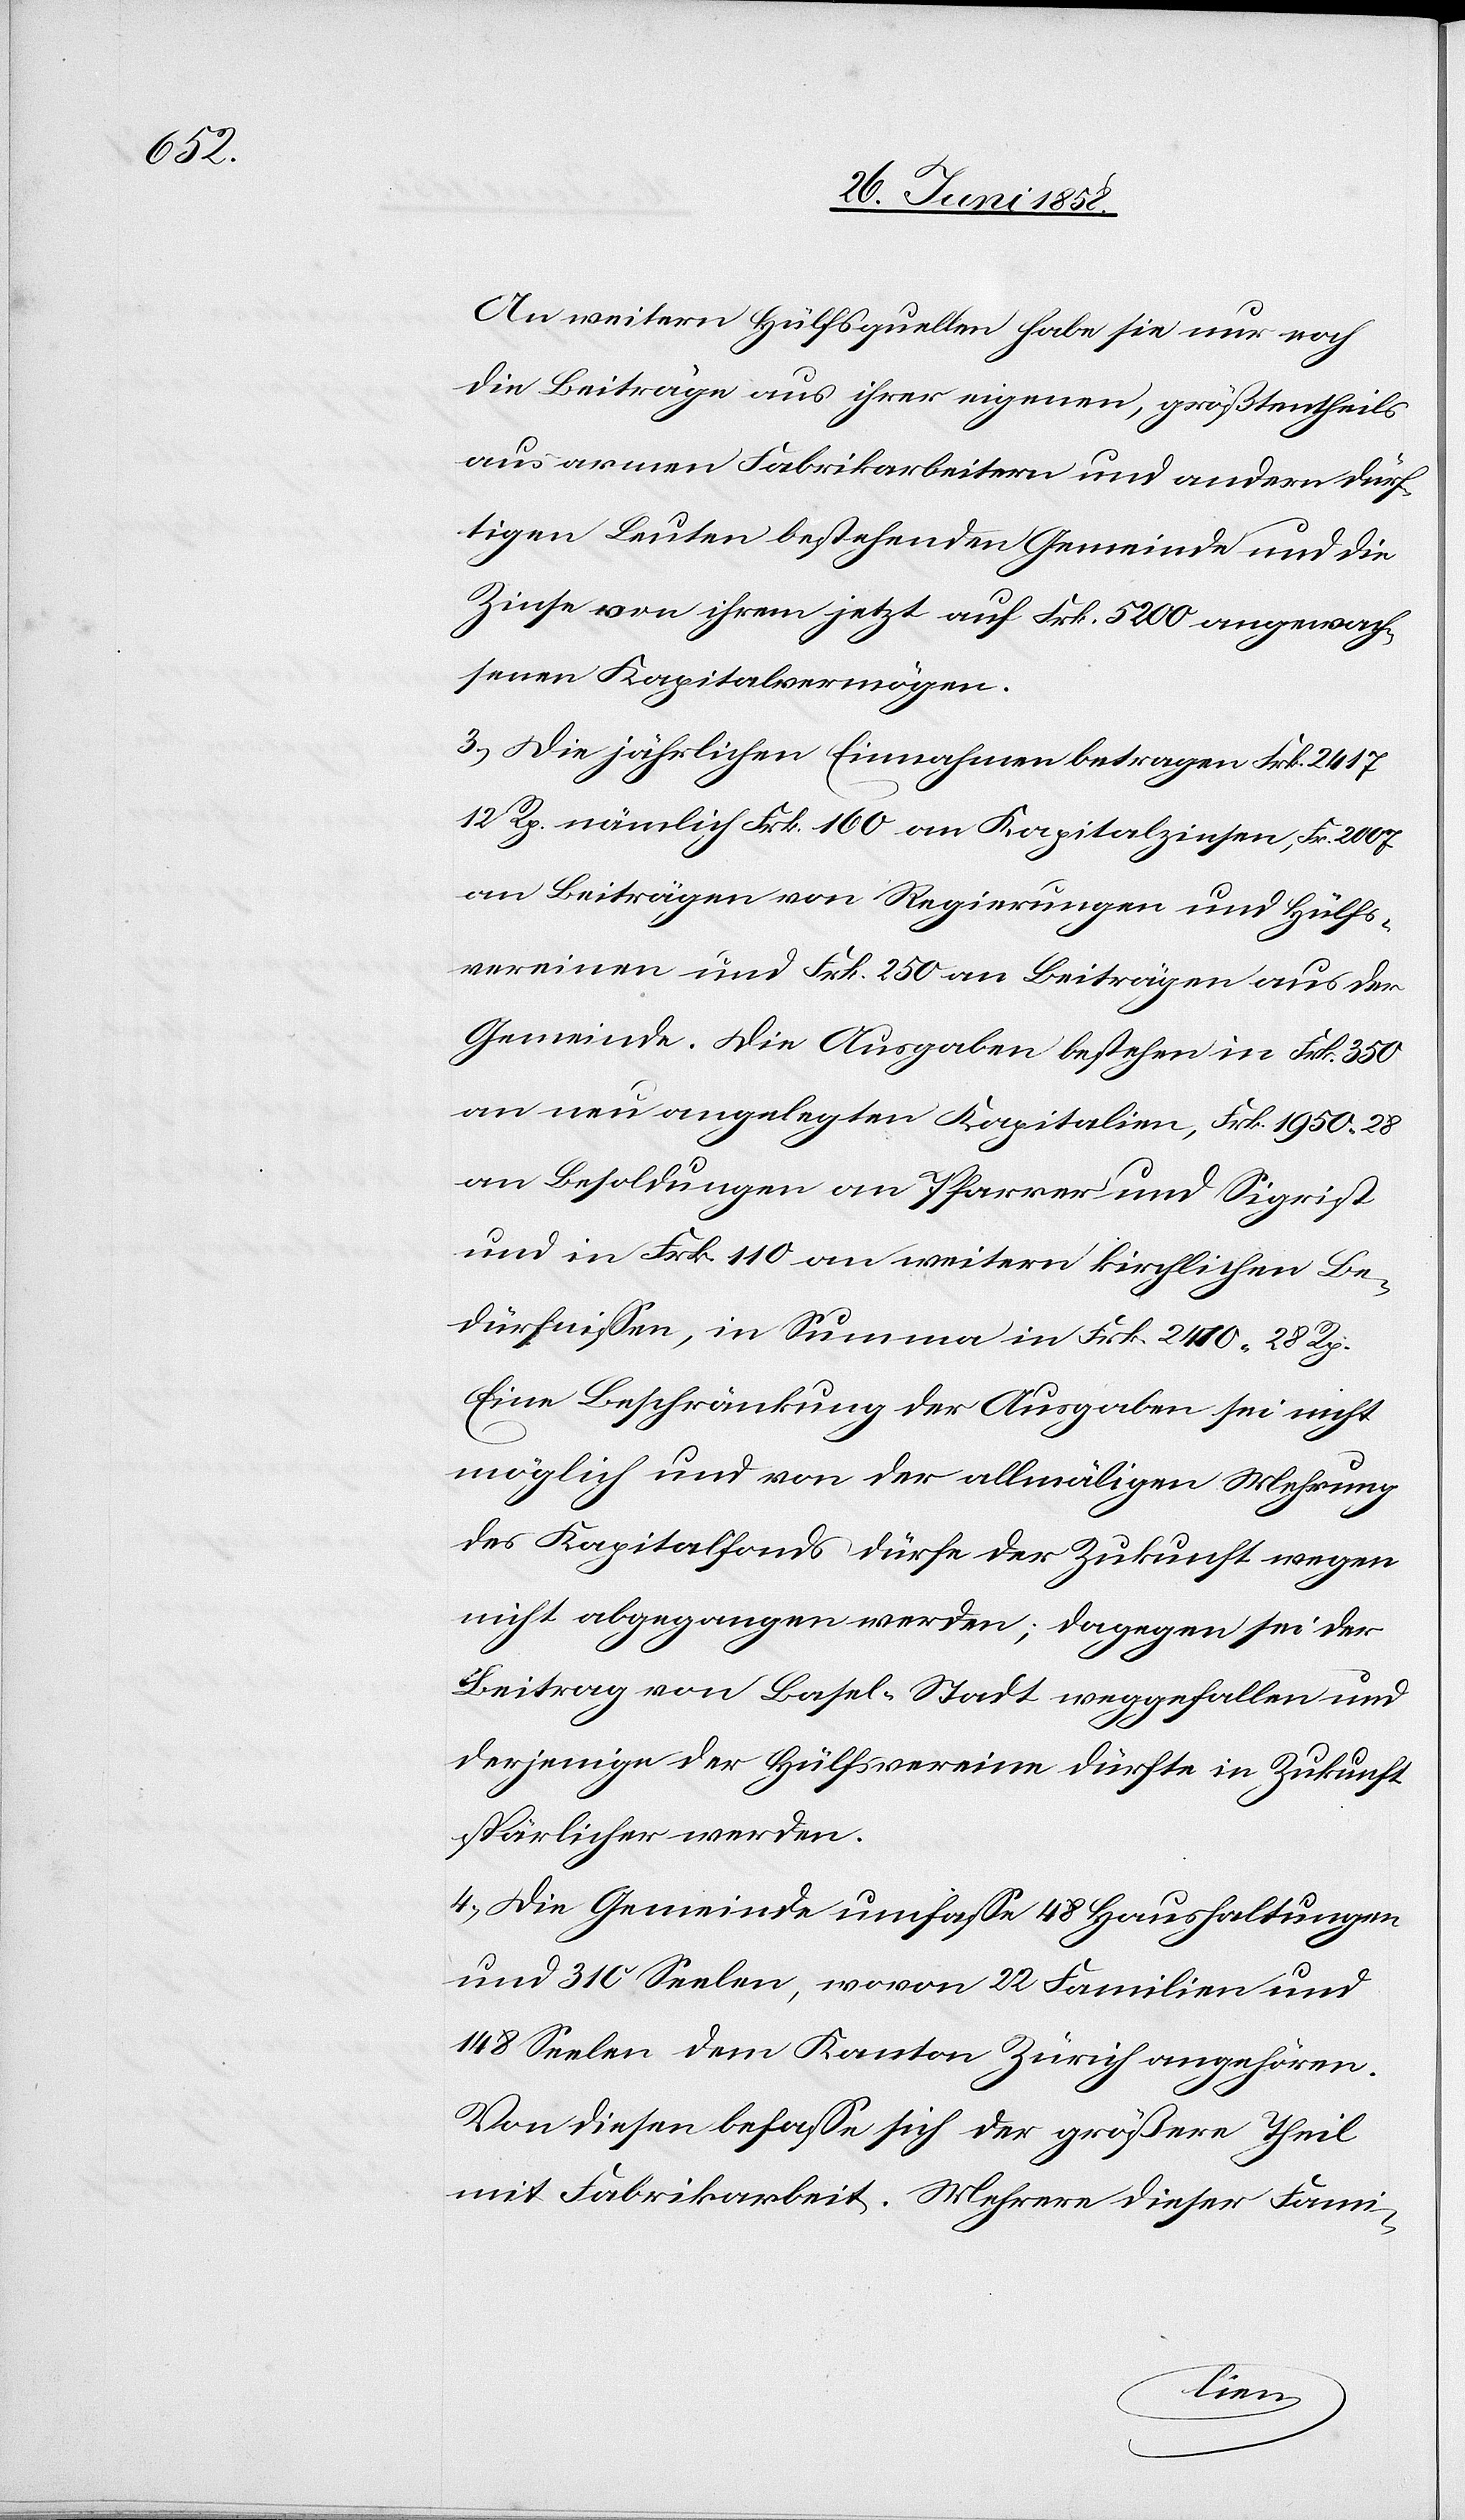
An weitern Hülfsquellen habe sie nur noch
die Beiträge aus ihrer eigenen, größtentheils
aus armen Fabrikarbeitern und andern dürf¬
tigen Leuten bestehenden Gemeinde und die
Zinse von ihrem jetzt auf Frk. 5200 angewach¬
senen Kapitalvermögen.
3.) Die jährlichen Einnahmen betragen Frk. 2417
12 Rp. nämlich Frk. 160 an Kapitalzinsen, Fr. 2007
an Beiträgen von Regierungen und Hülfs¬
vereinen und Frk. 250 an Beiträgen aus der
Gemeinde. Die Ausgaben bestehen in Frk. 350
an neu angelegten Kapitalien, Frk. 1950. 28
an Besoldungen an Pfarrer und Sigrist
und in Frk. 110 an weitern kirchlichen Be¬
dürfnissen, in Summa in Frk. 2410. 28 Rp.
Eine Beschränkung der Ausgaben sei nicht
möglich und von der allmäligen Mehrung
des Kapitalfonds dürfe der Zukunft wegen
nicht abgegangen werden; dagegen sei der
Beitrag von Basel-Stadt weggefallen und
derjenige der Hülfsvereine dürfte in Zukunft
spärlicher werden.
4.) Die Gemeinde umfasse 48 Haushaltungen
und 310 Seelen, wovon 22 Familien und
148 Seelen dem Kanton Zürich angehören.
Von diesen befasse sich der größere Theil
mit Fabrikarbeit. Mehrere dieser Fami-